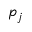
p _ { j }